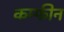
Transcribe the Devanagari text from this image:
कम्फीन